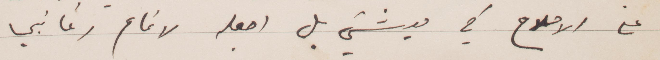
على الإصلاح في معيشتي بل اجعله لاتمام رغباتي